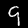
Digit: 9